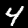
Label: 4